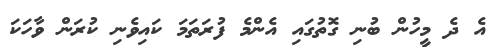
އެ ދެ މީހުން ބުނި ގޮތުގައި އެންމެ ފުރަތަމަ ކައިވެނި ކުރަން ވާހަކަ